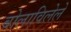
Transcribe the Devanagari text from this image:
बोलाविलेले